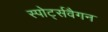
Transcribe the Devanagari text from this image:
स्पोर्ट्सवैगन